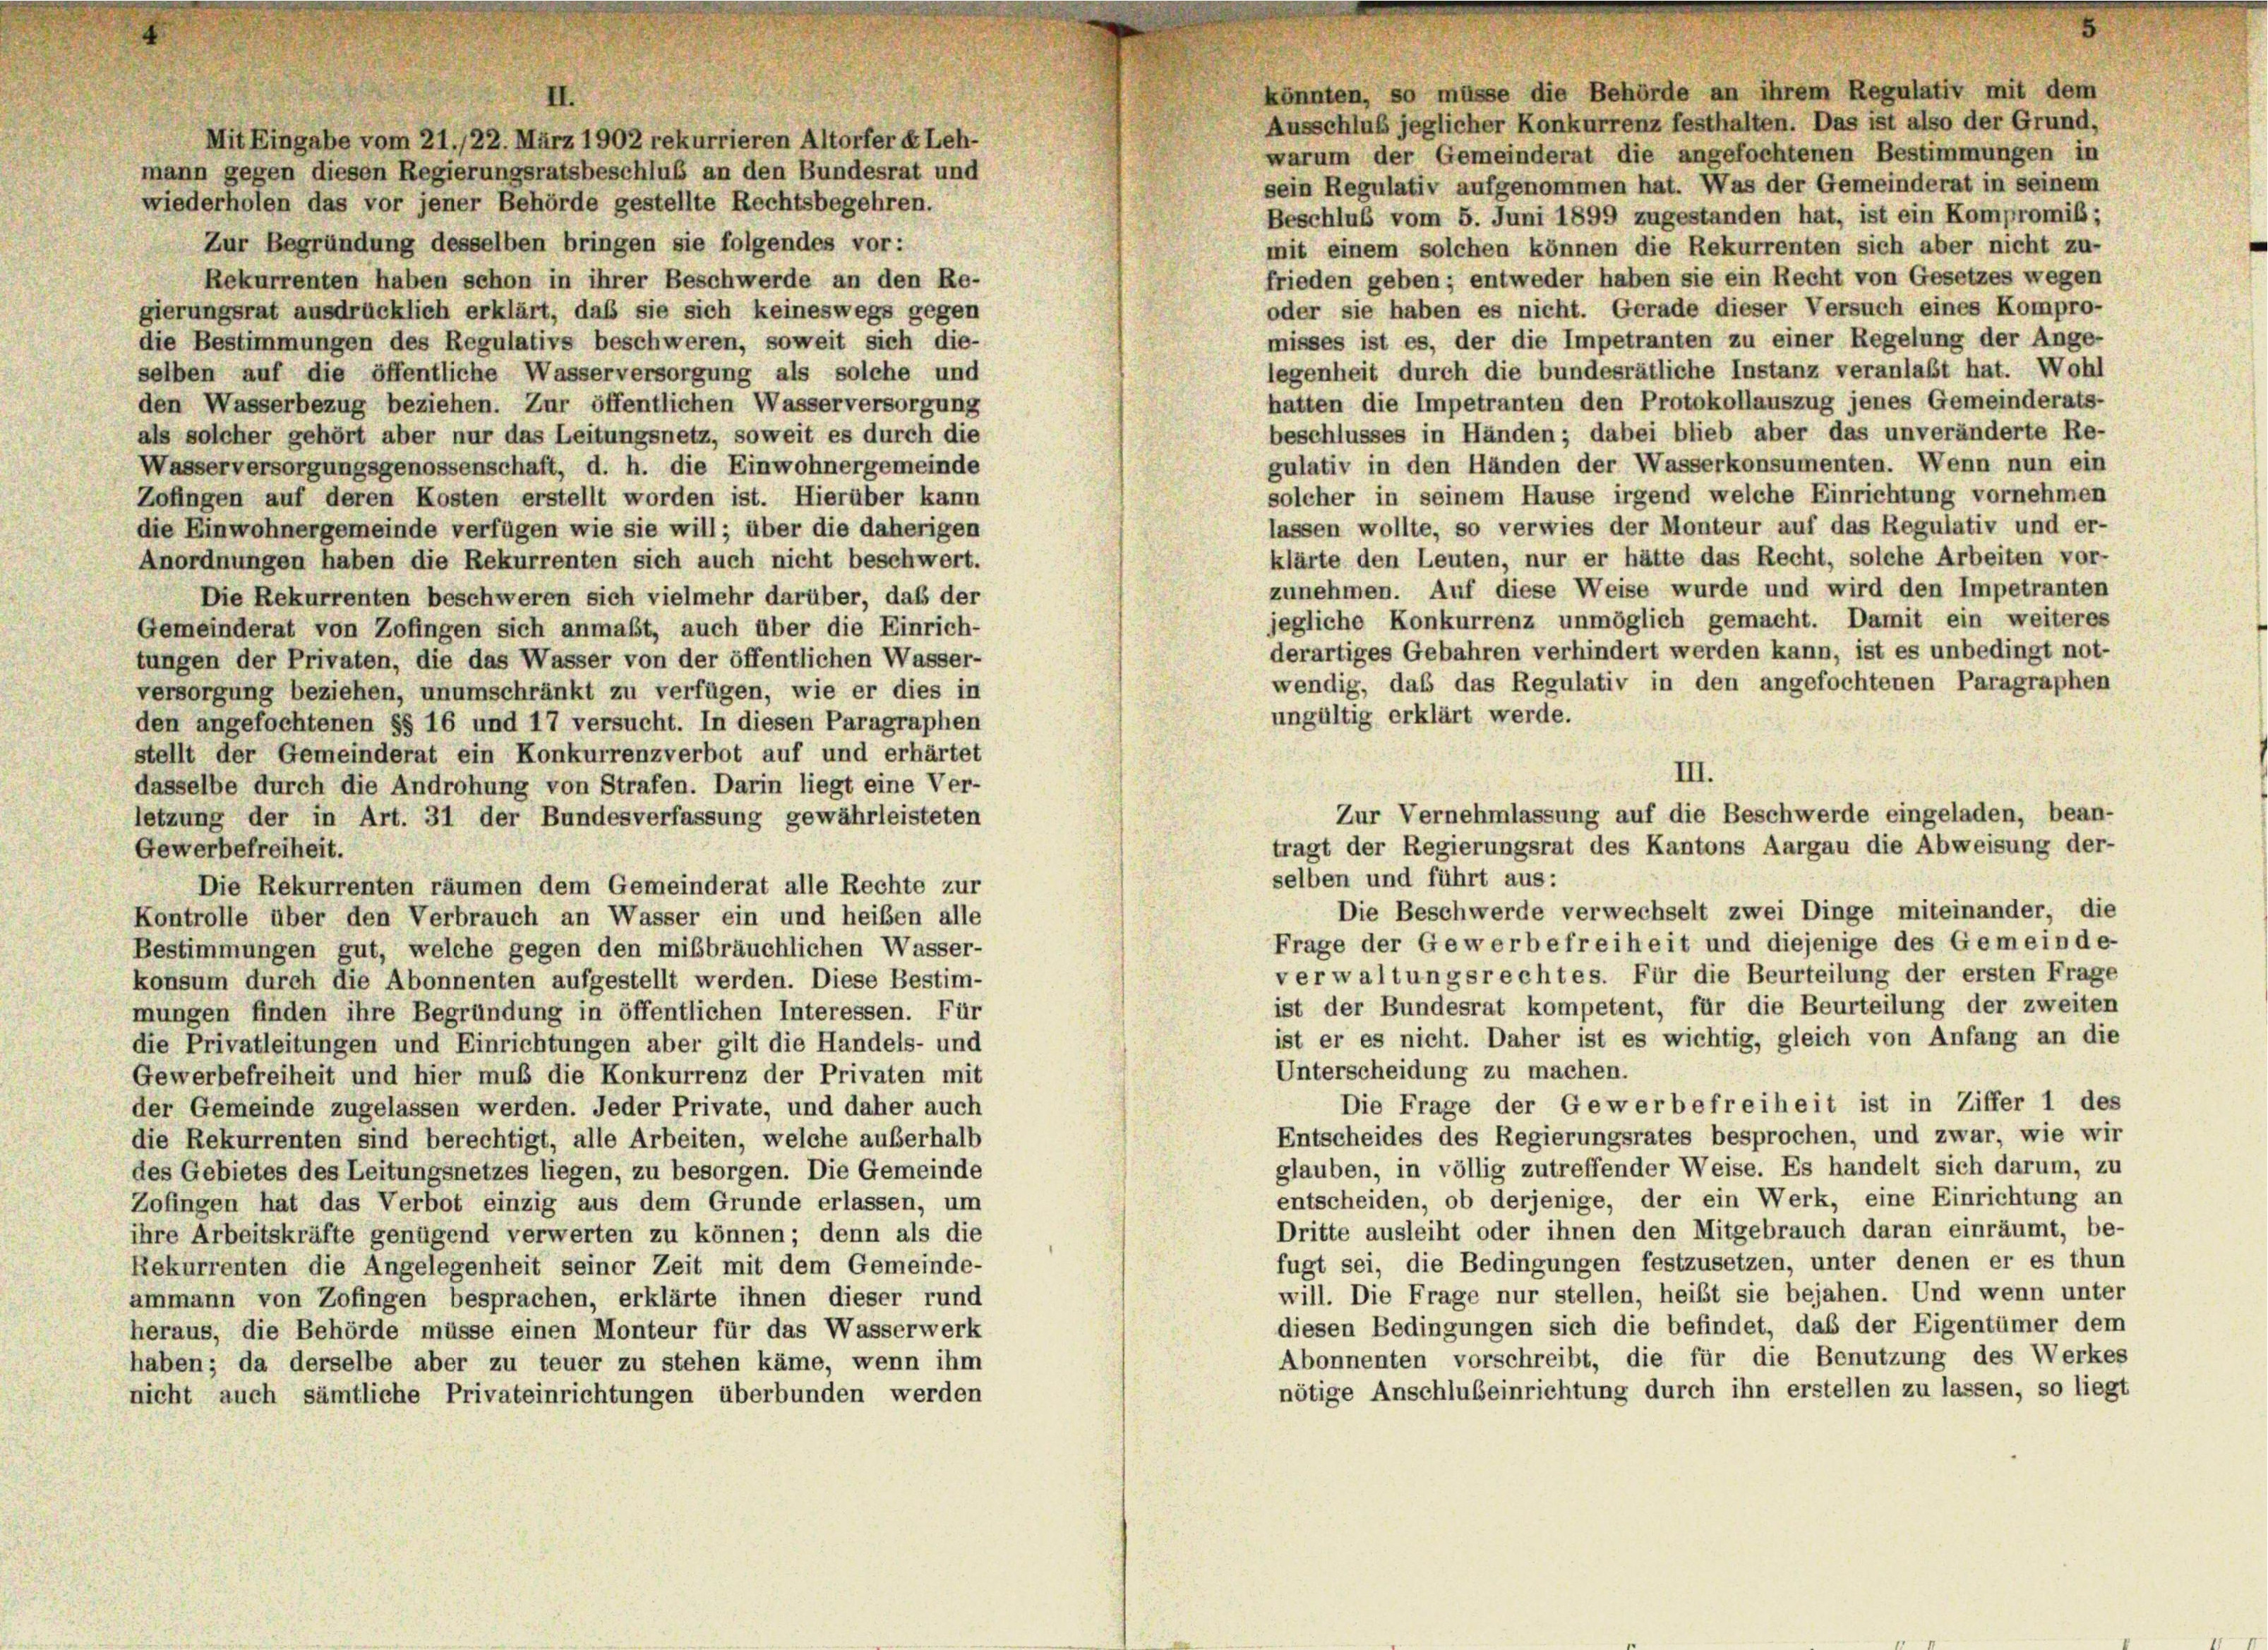
wiederholen das vor jener Behörde gestellte Rechtsbegehren.
Zur Begründung desselben bringen sie folgendes vor:
Rekurrenten haben schon in ihrer Beschwerde an den Re-
gierungsrat ausdrücklich erklärt, das sie sich keineswegs gegen
die Bestimmungen des Regulativs beschweren, soweit sich die-
selben auf die öffentliche Wasserversorgung als solche und
den Wasserbezug beziehen. Zur öffentlichen Wasserversorgung
als solcher gehört aber nur das Leitungsnetz, soweit es durch die
Wasserversorgungsgenossenschaft, d. h. die Einwohnergemeinde
Zofingen auf deren Kosten erstellt worden ist. Hierüber kann
die Einwohnergemeinde verfügen wie sie will; über die daherigen
Anordnungen haben die Rekurrenten sich auch nicht beschwert.
Die Rekurrenten beschweren sich vielmehr darüber, daß der
Gemeinderat von Zofingen sich anmaßt, auch über die Einrich-
tungen der Privaten, die das Wasser von der öffentlichen Wasser-
versorgung beziehen, unumschränkt zu verfügen, wie er dies in
den angefochtenen §§ 16 und 17 versucht. In diesen Paragraphen
stellt der Gemeinderat ein Konkurrenzverbot auf und erhärtet
dasselbe durch die Androhung von Strafen. Darin liegt eine Ver-
letzung der in Art. 31 der Bundesverfassung gewährleisteten
Gewerbefreiheit.
Die Rekurrenten räumen dem Gemeinderat alle Rechte zur
Kontrolle über den Verbrauch an Wasser ein und heißen alle
Bestimmungen gut, welche gegen den mißbräuchlichen Wasser-
konsum durch die Abonnenten aufgestellt werden. Diese Bestim-
mungen finden ihre Begründung in öffentlichen Interessen. Für
die Privatleitungen und Einrichtungen aber gilt die Handels- und
Gewerbefreiheit und hier muß die Konkurrenz der Privaten mit
der Gemeinde zugelassen werden. Jeder Private, und daher auch
die Rekurrenten sind berechtigt, alle Arbeiten, welche außerhalb
des Gebietes des Leitungsnetzes liegen, zu besorgen. Die Gemeinde
Zofingen hat das Verbot einzig aus dem Grunde erlassen, um
ihre Arbeitskräfte genügend verwerten zu können; denn als die
Rekurrenten die Angelegenheit seiner Zeit mit dem Gemeinde-
ammann von Zofingen besprachen, erklärte ihnen dieser rund
heraus, die Behörde müsse einen Monteur für das Wasserwerk
haben; da derselbe aber zu teuer zu stehen käme, wenn ihm
nicht auch sämtliche Privateinrichtungen überbunden werden

II.
Mit Eingabe vom 21./22. März 1902 rekurrieren Altorfer « Leh-
mann gegen diesen Regierungsratsbeschluß an den Bundesrat und

könnten, so müsse die Behörde an ihrem Regulativ mit dem
Ausschluß jeglicher Konkurrenz festhalten. Das ist also der Grund,
warum der Gemeinderat die angefochtenen Bestimmungen in
sein Regulativ aufgenommen hat. Was der Gemeinderat in seinem
Beschluß vom 5. Juni 1899 zugestanden hat, ist ein Kompromib;
mit einem solchen können die Rekurrenten sich aber nicht zu-
frieden geben; entweder haben sie ein Recht von Gesetzes wegen
oder sie haben es nicht. Gerade dieser Versuch eines Kompro-
misses ist es, der die Impetranten zu einer Regelung der Ange-
legenheit durch die bundesrätliche Instanz veranlaßt hat. Wohl
hatten die Impetranten den Protokollauszug jenes Gemeinderats-
beschlusses in Händen; dabei blieb aber das unveränderte Re-
gulativ in den Händen der Wasserkonsumenten. Wenn nun ein
solcher in seinem Hause irgend welche Einrichtung vornehmen
lassen wollte, so verwies der Monteur auf das Regulativ und er-
klärte den Leuten, nur er hätte das Recht, solche Arbeiten vor-
zunehmen. Auf diese Weise wurde und wird den Impetranten
jegliche Konkurrenz unmöglich gemacht. Damit ein weiteres
derartiges Gebahren verhindert werden kann, ist es unbedingt not-
wendig, daß das Regulativ in den angefochtenen Paragraphen
ungültig erklärt werde.
III.
Zur Vernehmlassung auf die Beschwerde eingeladen, bean-
tragt der Regierungsrat des Kantons Aargau die Abweisung der-
selben und führt aus:
Die Beschwerde verwechselt zwei Dinge miteinander, die
Frage der Gewerbefreiheit und diejenige des Gemeinde-
verwaltungsrechtes. Für die Beurteilung der ersten Frage
ist der Bundesrat kompetent, für die Beurteilung der zweiten
ist er es nicht. Daher ist es wichtig, gleich von Anfang an die
Unterscheidung zu machen.
Die Frage der Gewerbefreiheit ist in Ziffer 1 des
Entscheides des Regierungsrates besprochen, und zwar, wie wir
glauben, in völlig zutreffender Weise. Es handelt sich darum, zu
entscheiden, ob derjenige, der ein Werk, eine Einrichtung an
Dritte ausleiht oder ihnen den Mitgebrauch daran einräumt, be-
fugt sei, die Bedingungen festzusetzen, unter denen er es thun
will. Die Frage nur stellen, heißt sie bejahen. Und wenn unter
diesen Bedingungen sich die befindet, das der Eigentümer dem
Abonnenten vorschreibt, die für die Benutzung des Werkes
nötige Anschluseinrichtung durch ihn erstellen zu lassen, so liegt